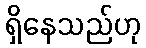
ရှိနေသည်ဟု